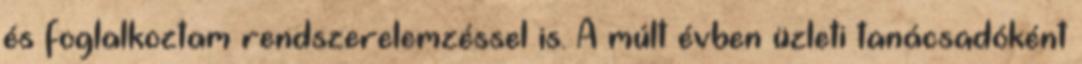
és foglalkoztam rendszerelemzéssel is. A múlt évben üzleti tanácsadóként